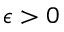
\epsilon > 0